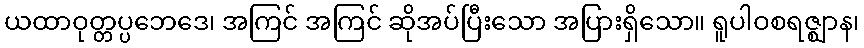
ယထာဝုတ္တပ္ပဘေဒေ၊ အကြင် အကြင် ဆိုအပ်ပြီးသော အပြားရှိသော။ ရူပါဝစရဇ္ဈာန၊